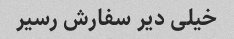
خیلی دیر سفارش رسیر